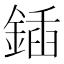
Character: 鍤